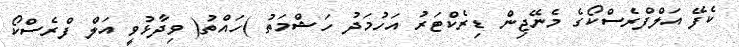
ކެފޭ އަލްފްރެސްކޯގެ މެނޭޖިން ޑިރެކްޓަރު އަހުމަދު ހަޝްމަތު )ހައްތު( ވިދާޅުވީ އަލް ފްރެސްކޯ